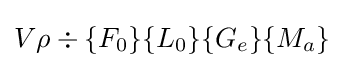
V\rho \div \{F_{0}\}\{L_{0}\}\{G_{e}\}\{M_{a}\}